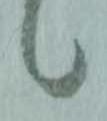
候